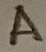
Text: A